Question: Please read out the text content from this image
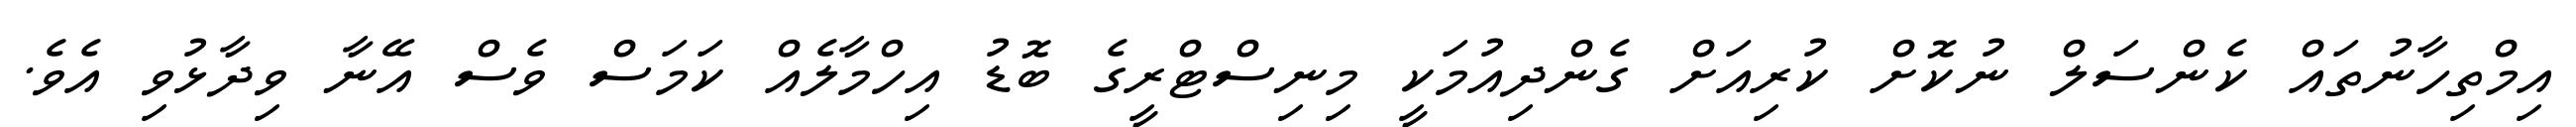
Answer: އިމްތިހާނުތައް ކެންސަލް ނުކޮށް ކުރިއަށް ގެންދިއުމަކީ މިނިސްޓްރީގެ ބޮޑު އިހްމާލެއް ކަމަސް ވެސް އޭނާ ވިދާޅުވި އެވެ.